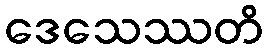
ဒေသေဿတိ